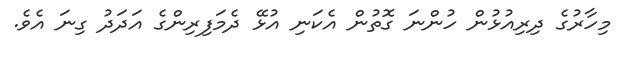
މިހާރުގެ ދިރިއުޅުން ހުންނަ ގޮތުން އެކަނި އުޅޭ ދެމަފިރިންގެ އަދަދު ގިނަ އެވެ.